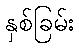
နှစ်ခြမ်း